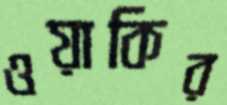
ওয়াকির